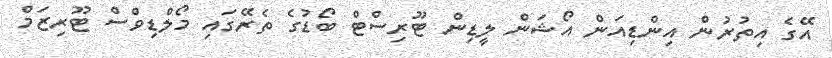
އޭގެ އިތުރުން އިންޑިއަން އޯޝަން ލީޑިން ޓޫރިސްޓް ބޯޑުގެ ތެރޭގައި މޯލްޑިވްސް ޓޫރިޒަމް